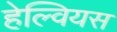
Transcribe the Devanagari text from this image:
हेल्वियस